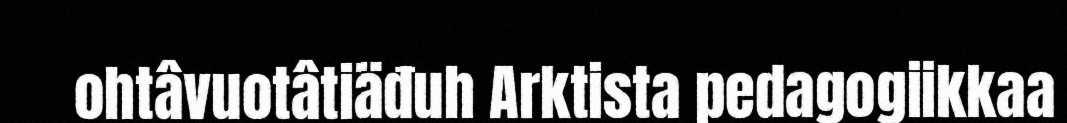
ohtâvuotâtiäđuh Arktista pedagogiikkaa